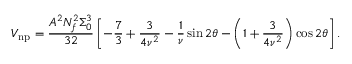
V _ { \mathrm { n p } } = \frac { A ^ { 2 } N _ { f } ^ { 2 } \Sigma _ { 0 } ^ { 3 } } { 3 2 } \left[ - { \frac { 7 } { 3 } } + \frac { 3 } { 4 \nu ^ { 2 } } - { \frac { 1 } { \nu } } \sin { 2 \theta } - \left( 1 + \frac { 3 } { 4 \nu ^ { 2 } } \right) \cos { 2 \theta } \right] .